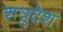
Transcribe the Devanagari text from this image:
शत्रुदेश